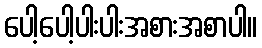
ပေါ့ပေါ့ပါးပါးအစားအစာပါ။